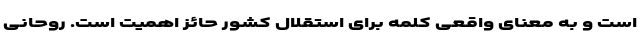
است و به معنای واقعی کلمه برای استقلال کشور حائز اهمیت است. روحانی